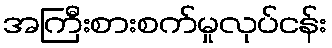
အကြီးစားစက်မှုလုပ်ငန်း